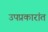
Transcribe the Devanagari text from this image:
उपप्रकारांत